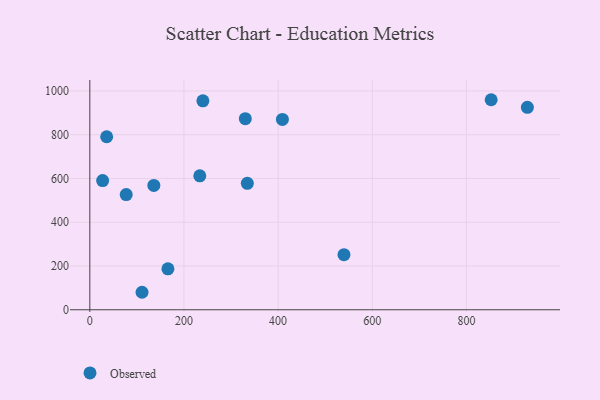
{"axis": {"x": "Price", "y": "Fuel Efficiency"}, "legend": ["Observed"], "data": [{"x": "110.9", "y": 79.9, "type": "Observed"}, {"x": "136.0", "y": 568.5, "type": "Observed"}, {"x": "334.6", "y": 577.8, "type": "Observed"}, {"x": "165.9", "y": 187.1, "type": "Observed"}, {"x": "35.8", "y": 790.8, "type": "Observed"}, {"x": "539.9", "y": 251.7, "type": "Observed"}, {"x": "852.6", "y": 960.0, "type": "Observed"}, {"x": "27.2", "y": 590.4, "type": "Observed"}, {"x": "330.3", "y": 873.6, "type": "Observed"}, {"x": "240.2", "y": 955.0, "type": "Observed"}, {"x": "77.3", "y": 526.4, "type": "Observed"}, {"x": "233.6", "y": 612.3, "type": "Observed"}, {"x": "929.5", "y": 925.4, "type": "Observed"}, {"x": "409.1", "y": 870.1, "type": "Observed"}]}